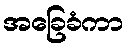
အခြေခံကာ